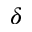
\delta